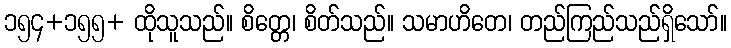
၁၅၄+၁၅၅+ ထိုသူသည်။ စိတ္တေ၊ စိတ်သည်။ သမာဟိတေ၊ တည်ကြည်သည်ရှိသော်။